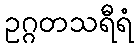
ဥဂ္ဂတသရီရံ